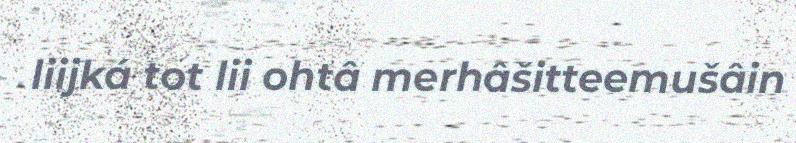
liijká tot lii ohtâ merhâšitteemušâin